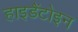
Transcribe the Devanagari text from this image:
हाइडैंटोइन